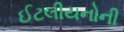
ઈટલીયનોની